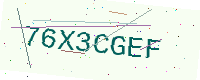
Text: 76X3CGEF